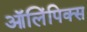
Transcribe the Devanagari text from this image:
ऑलिंपिक्स